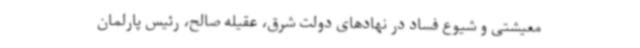
معیشتی و شیوع فساد در نهادهای دولت شرق، عقیله صالح، رئیس پارلمان